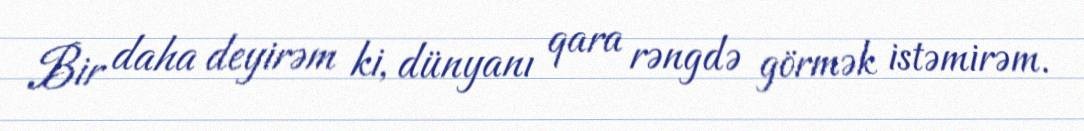
Bir daha deyirəm ki, dünyanı qara rəngdə görmək istəmirəm.